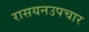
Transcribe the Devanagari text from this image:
रासयनउपचार